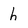
Character: h